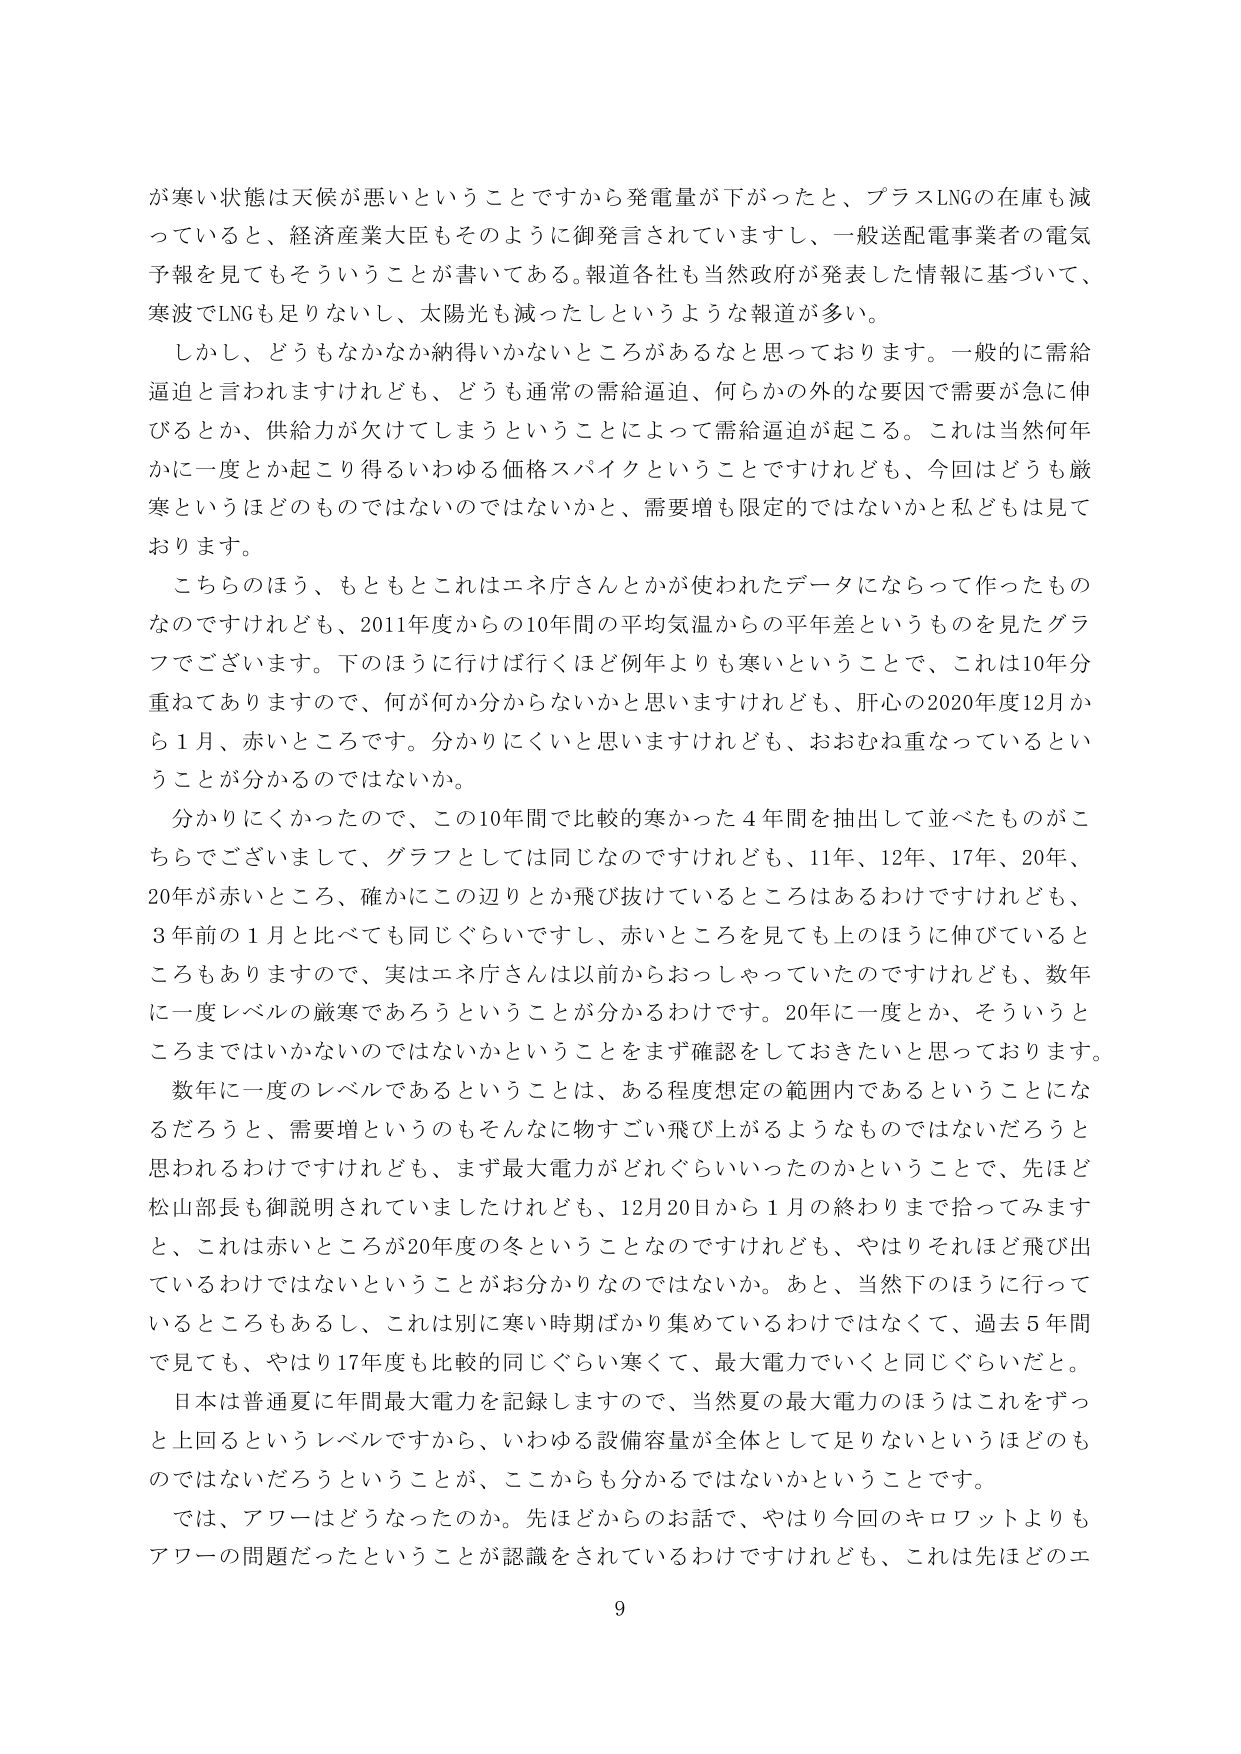
が寒い状態は天候が悪いということですから発電量が下がったと、プラスLNGの在庫も減っていると、経済産業大臣もそのように御発言されていますし、一般送配電事業者の電気予報を見てもそういうことが書いてある。報道各社も当然政府が発表した情報に基づいて、寒波でLNGも足りないし、太陽光も減ったしというような報道が多い。

しかし、どうもなかなか納得いかないところがあるなと思っております。一般的に需給逼迫と言われますけれども、どうも通常の需給逼迫、何らかの外的な要因で需要が急に伸びるとか、供給力が欠けてしまうということによって需給逼迫が起こる。これは当然何年かに一度とか起こり得るいわゆる価格スパイクということですけれども、今回はどうも厳寒というほどのものではないのではないかと、需要増も限定的ではないかと私どもは見ております。

こちらのほう、もともとこれはエネ庁さんとかが使われたデータにならって作ったものなのですがけれども、2011年度からの10年間の平均気温からの平年差というものを見たグラフでございます。下のほうに行けば行くほど例年よりも寒いということで、これは10年分重ねてありますので、何が何か分からないかと思いますけれども、肝心の2020年度12月から1月、赤いところです。分かりにくいと思いますけれども、おおむね重なっているということが分かるのではないでしょうか。

分かりにくかったので、この10年間で比較的寒かった4年間を抽出して並べたものがこちらでございまして、グラフとしては同じなのですけれども、11年、12年、17年、20年、20年が赤いところ、確かにこの辺りとか飛び抜けているところはあるわけですがけれども、3年前の1月と比べても同じぐらいですし、赤いところを見ても上のほうに伸びているところもありますので、実はエネ庁さんは以前からおっしゃっていたのですけれども、数年に一度レベルの厳寒であろうということが分かるわけです。20年に一度とか、そういうところまではいかないのではないかということをまず確認をしておきたいと思っております。

数年に一度のレベルであるということは、ある程度想定の範囲内であるということになるだろうと、需要増というのもそんなに物すごい飛び上がるようなものではないだろうと思われるわけですがけれども、まず最大電力がどれぐらいいったのかということで、先ほど松山部長も御説明されていましたけれども、12月20日から1月の終わりまで拾ってみますと、これは赤いところが20年度の冬ということなのですがけれども、やはりそれほど飛び出ているわけではないということがお分かりなのではないか。あと、当然下のほうに行っているところもあるし、これは別に寒い時期ばかり集めているわけではなくて、過去5年間で見ても、やはり17年度も比較的同じぐらい寒くて、最大電力でいくと同じぐらいだと。

日本は普通夏に年間最大電力を記録しますので、当然夏の最大電力のほうはこれをずっと上回るというレベルですから、いわゆる設備容量が全体として足りないというほどのものではないだろうということが、ここからも分かるではないかということです。

では、アワーはどうなったのか。先ほどからのお話で、やはり今回のキロワットよりもアワーの問題だったということが認識をされているわけですがけれども、これは先ほどのエ

9